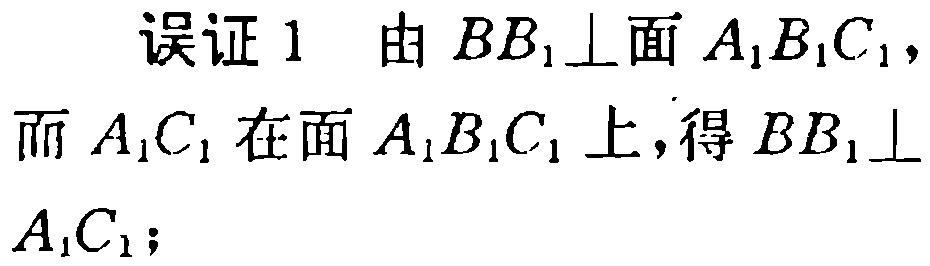
误证1 由 \(BB_1\perp\)面 \(A_1B_1C_1\)，而 \(A_1C_1\)在面 \(A_1B_1C_1\)上，得 \(BB_1\perp A_1C_1\)；